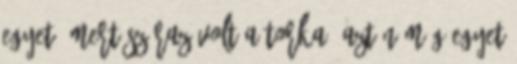
egyet, mert száraz volt a torka, aztán még egyet